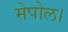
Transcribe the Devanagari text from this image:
मेपोल।